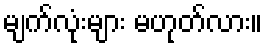
မျက်လုံးများ မဟုတ်လား။